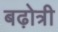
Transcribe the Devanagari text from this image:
बढ़ोत्री